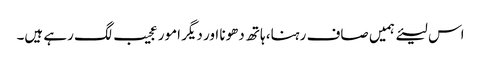
اس لیئے ہمیں صاف رہنا، ہاتھ دھونا اور دیگر امور عجیب لگ رہے ہیں۔